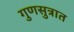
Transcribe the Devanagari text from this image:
गुणसुत्रात